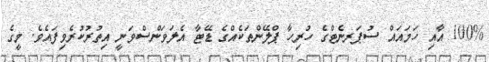
100% އާއި ހަމައައް ސުޕަރނެޓްގެ ހުރިހާ ޕްލޭންތަކެއްގެ ޑޭޓާ އެލަވަންސްވަނީ އިތުރުކުރެވިފައެވެ. މީގެ